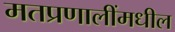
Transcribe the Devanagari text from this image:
मतप्रणालींमधील